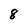
Character: 8